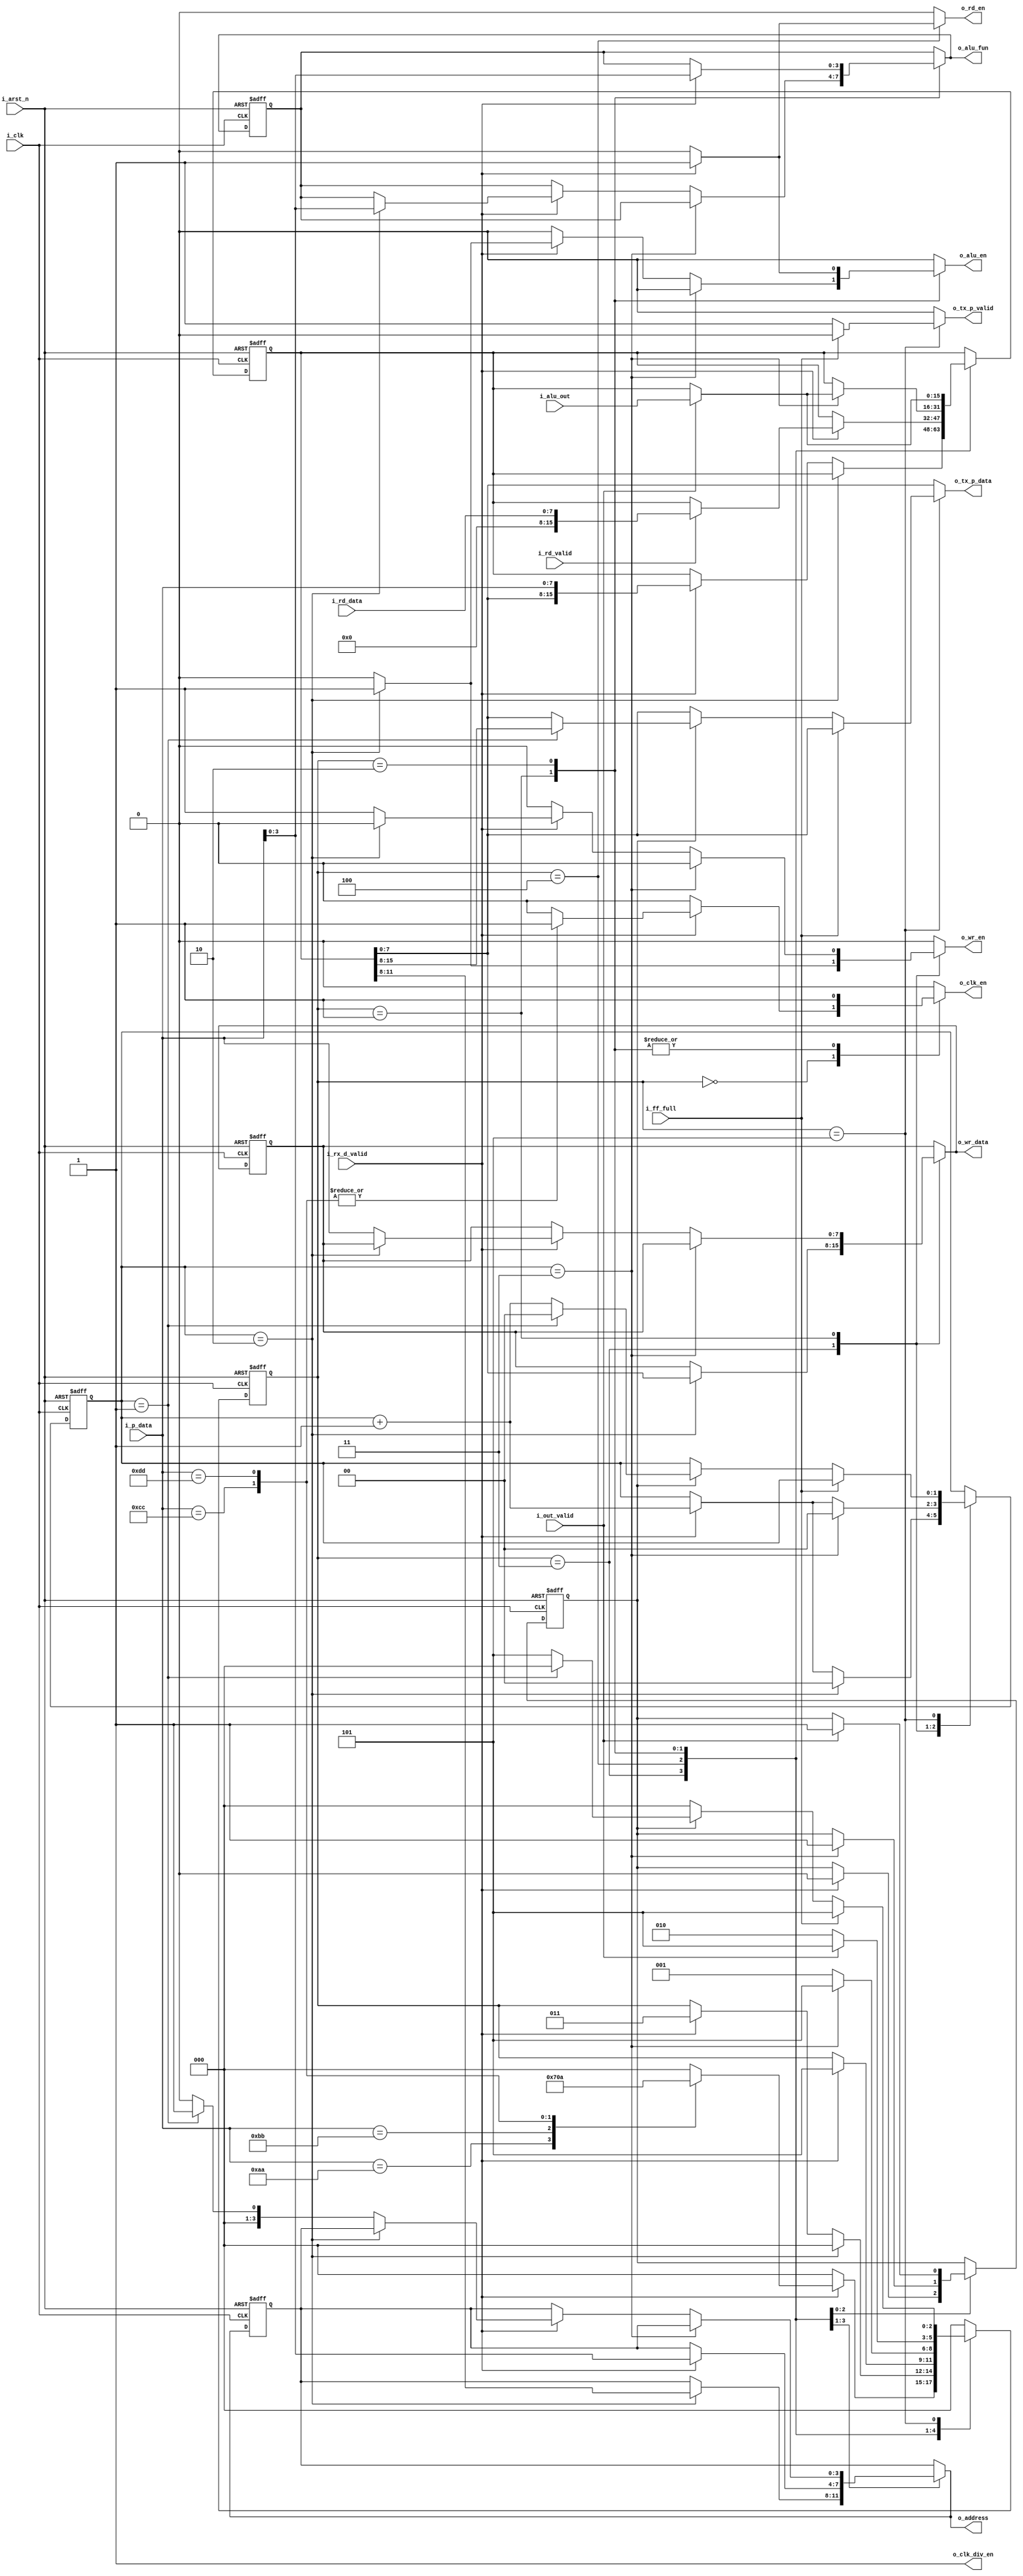
module sys_ctrl (
    input  wire        i_clk,           // Input System Clock
    input  wire        i_arst_n,        // Input Async Active Low Reset
    input  wire        i_ff_full,       // Input Full flag from FIFO
    input  wire        i_rd_valid,      // Input Data ready from RF
    input  wire        i_out_valid,     // Input Data ready from ALU
    input  wire        i_rx_d_valid,    // Input Data ready from RX Master
    input  wire [7:0]  i_rd_data,       // Input data from the RF
    input  wire [7:0]  i_p_data,        // Input data from the RX Master
    input  wire [15:0] i_alu_out,       // Input data from the ALU
//------------------------------------------------------------------------
    output reg  [3:0]  o_alu_fun,       // Output ALU function to ALU
    output reg  [3:0]  o_address,       // Output Address to RF
    output reg  [7:0]  o_wr_data,       // Output Data to be written to RF
    output reg  [7:0]  o_tx_p_data,     // Output Data to be written in FIFO
    output reg         o_tx_p_valid,    // Output Valid data flag to fifo, *winc*
    output reg         o_alu_en,        // Output ALU Enable
    output reg         o_clk_en,        // Output Gated clock enable
    output reg         o_wr_en,         // Output RF Write enable
    output reg         o_rd_en,         // Output RF Read enable
    output reg         o_clk_div_en     // Output UART clock divider enable
);
//=========================================================

// Internals
reg        tx_fifo_itr, tx_fifo_itr_ff;
reg [2:0]  state_crnt, state_nxt;
reg [1:0]  frames_cntr_r, frames_cntr_ff;
reg [3:0]  alu_fun_ff, o_address_ff;
reg [7:0]  o_wr_data_ff;
reg [15:0] data_to_save_r, data_to_save_ff; // for fifo
//=========================================================

// state encoding
localparam 
    S_READ       = 3'b000,
    S_ALU        = 3'b001,
    S_ALU_RF     = 3'b010,
    S_REGFILE_WR = 3'b011,
    S_REGFILE_RD = 3'b100,
    S_FIFO       = 3'b101;
//=========================================================

// commands encoding
localparam
    XAA = 8'hAA,
    XBB = 8'hBB,
    XCC = 8'hCC,
    XDD = 8'hDD;
//=========================================================

// FF initialization
always @(posedge i_clk, negedge i_arst_n) begin
    if (!i_arst_n) begin
        data_to_save_ff  <= 16'b0;
        o_wr_data_ff     <= 8'b0;
        alu_fun_ff       <= 4'b0;
        o_address_ff     <= 4'b0;
        frames_cntr_ff   <= 2'b0;
        tx_fifo_itr_ff   <= 1'b0;
    end
    else begin
        data_to_save_ff  <= data_to_save_r;
        alu_fun_ff       <= o_alu_fun;
        o_address_ff     <= o_address;
        o_wr_data_ff     <= o_wr_data;
        frames_cntr_ff   <= frames_cntr_r;
        tx_fifo_itr_ff   <= tx_fifo_itr;
    end
end
//=========================================================

// Current state logic
always @(posedge i_clk, negedge i_arst_n) begin
    if (!i_arst_n) state_crnt <= S_READ;
    else           state_crnt <= state_nxt;
end
//=========================================================

// Next state logic
always @(*) begin
    // defaults
        o_wr_en        = 1'b0;
        o_rd_en        = 1'b0;
        o_alu_en       = 1'b0;
        o_clk_en       = 1'b0;
        o_tx_p_valid   = 1'b0;
        o_clk_div_en   = 1'b1;
        tx_fifo_itr    = tx_fifo_itr_ff; // configure how many itrs to stay in the fifo stage before going to the read stage
        o_address      = o_address_ff;   // as the previous ones are reserved
        o_wr_data      = o_wr_data_ff;
        state_nxt      = state_crnt;
        o_alu_fun      = alu_fun_ff;
        data_to_save_r = data_to_save_ff;
        frames_cntr_r  = frames_cntr_ff;
        o_tx_p_data    = data_to_save_ff[7:0];
    //-------------------------------------------------
    case (state_crnt)
        S_READ : begin
            if (i_rx_d_valid) begin
                case (i_p_data)
                    XAA : state_nxt = S_REGFILE_WR;
                    XBB : state_nxt = S_REGFILE_RD;
                    XCC : begin 
                        state_nxt = S_ALU;
                        o_clk_en = 1'b1;
                    end
                    XDD : begin 
                        state_nxt = S_ALU_RF;
                        o_clk_en = 1'b1;
                    end 
                    default : state_nxt = S_READ;
                endcase
            end
            else state_nxt = S_READ;
        end

        S_REGFILE_WR : begin
            if (frames_cntr_ff == 2'd2) begin
                o_wr_en        = 1'b1;
                o_address      = data_to_save_ff[11:8];
                o_wr_data      = data_to_save_ff[7:0];
                frames_cntr_r  = 2'b0;
                state_nxt      = S_READ;
            end
            else if (i_rx_d_valid) begin
                data_to_save_r = {data_to_save_ff,i_p_data};
                frames_cntr_r  = frames_cntr_ff + 2'b1;
                state_nxt      = S_REGFILE_WR;
            end
        end
        
        S_REGFILE_RD : begin
            if (i_rx_d_valid) begin
                o_rd_en      = 1'b1;
                o_address    = i_p_data[3:0];
                if (i_rd_valid) data_to_save_r = {8'b0, i_rd_data};
                state_nxt    = S_FIFO;
                o_clk_div_en = 1'b1;
                tx_fifo_itr  = 1'b0;
            end
        end
        
        S_ALU : begin
            if (frames_cntr_ff == 2'd3) begin
                if (i_out_valid) data_to_save_r = i_alu_out;
                frames_cntr_r = 2'b0;
                state_nxt     = S_FIFO;
                o_clk_div_en  = 1'b1;
                tx_fifo_itr   = 1'b1;
            end
            else if (i_rx_d_valid) begin
                if (frames_cntr_ff == 2'd2) begin
                    o_alu_en      = 1'b1;
                    o_alu_fun     = i_p_data[3:0];
                    frames_cntr_r = frames_cntr_ff + 2'b1;
                    state_nxt     = S_ALU;
                end
                else if (frames_cntr_ff == 2'd1) begin
                    o_wr_en       = 1'b1;
                    o_wr_data     = i_p_data;
                    o_address     = 4'd1;
                    frames_cntr_r = frames_cntr_ff + 2'b1;
                    state_nxt     = S_ALU;
                end
                else begin
                    o_wr_en       = 1'b1;
                    o_wr_data     = i_p_data;
                    o_address     = 4'd0;
                    frames_cntr_r = frames_cntr_ff + 2'b1;
                    state_nxt     = S_ALU;
                end
            end
            else state_nxt        = S_ALU;
            o_clk_en = 1'b1;
        end

        S_ALU_RF : begin
            if (i_rx_d_valid) begin
                o_alu_en      = 1'b1;
                o_alu_fun     = i_p_data[3:0];
            end
            if (i_out_valid) begin 
                data_to_save_r = i_alu_out;
                state_nxt     = S_FIFO;
                o_clk_div_en  = 1'b1;
                tx_fifo_itr   = 1'b1;
            end
            else state_nxt    = S_ALU_RF;
            o_clk_en = 1'b1;
        end

        S_FIFO : begin
            o_clk_div_en = 1'b1;
            if (i_ff_full) begin
                state_nxt = S_FIFO;
            end
            else begin
                if (tx_fifo_itr_ff) begin
                    if (frames_cntr_ff == 1'b1) begin
                        o_tx_p_valid  = 1'b1;
                        o_tx_p_data   = data_to_save_ff[15:8];
                        frames_cntr_r = 2'b0;
                        state_nxt     = S_READ;
                    end
                    else begin
                        o_tx_p_valid  = 1'b1;
                        o_tx_p_data   = data_to_save_ff[7:0];
                        frames_cntr_r = frames_cntr_ff + 2'b1;
                        state_nxt     = S_FIFO;
                    end
                end
                else begin
                    o_tx_p_valid = 1'b1;
                    o_tx_p_data  = data_to_save_ff[7:0];
                    state_nxt    = S_READ;
                end
            end
        end

        default: state_nxt = S_READ;
    endcase
end

endmodule